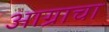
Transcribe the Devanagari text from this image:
आग्राचा